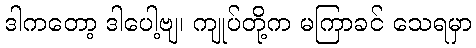
ဒါကတော့ ဒါပေါ့ဗျ၊ ကျုပ်တို့က မကြာခင် သေရမှာ